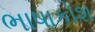
ભાષાકોશ